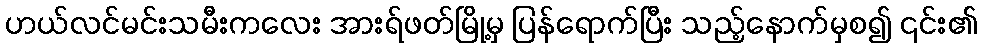
ဟယ်လင်မင်းသမီးကလေး အားရ်ဖတ်မြို့မှ ပြန်ရောက်ပြီး သည့်နောက်မှစ၍ ၎င်း၏